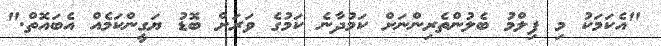
"އެކަމަކު މި ފިލްމު ބެލުންތެރިންނަށް ކަމުދާނެ ކަމުގެ ވަރަށް ބޮޑު ޔަގީންކަމެއް އެބައޮތް."